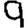
Digit: 9